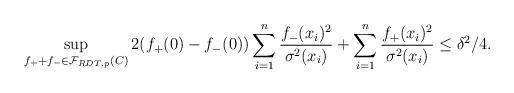
LaTeX: \begin{align*} \sup_{f_{+}+f_{-}\in\mathcal{F}_{RDT,p}(C)} 2(f_{+}(0)-f_{-}(0)) \sum_{i=1}^{n}\frac{f_{-}(x_{i})^{2}}{\sigma^{2}(x_{i})}+ \sum_{i=1}^{n}\frac{f_{+}(x_{i})^{2}}{\sigma^{2}(x_{i})}\leq \delta^{2}/4.\end{align*}